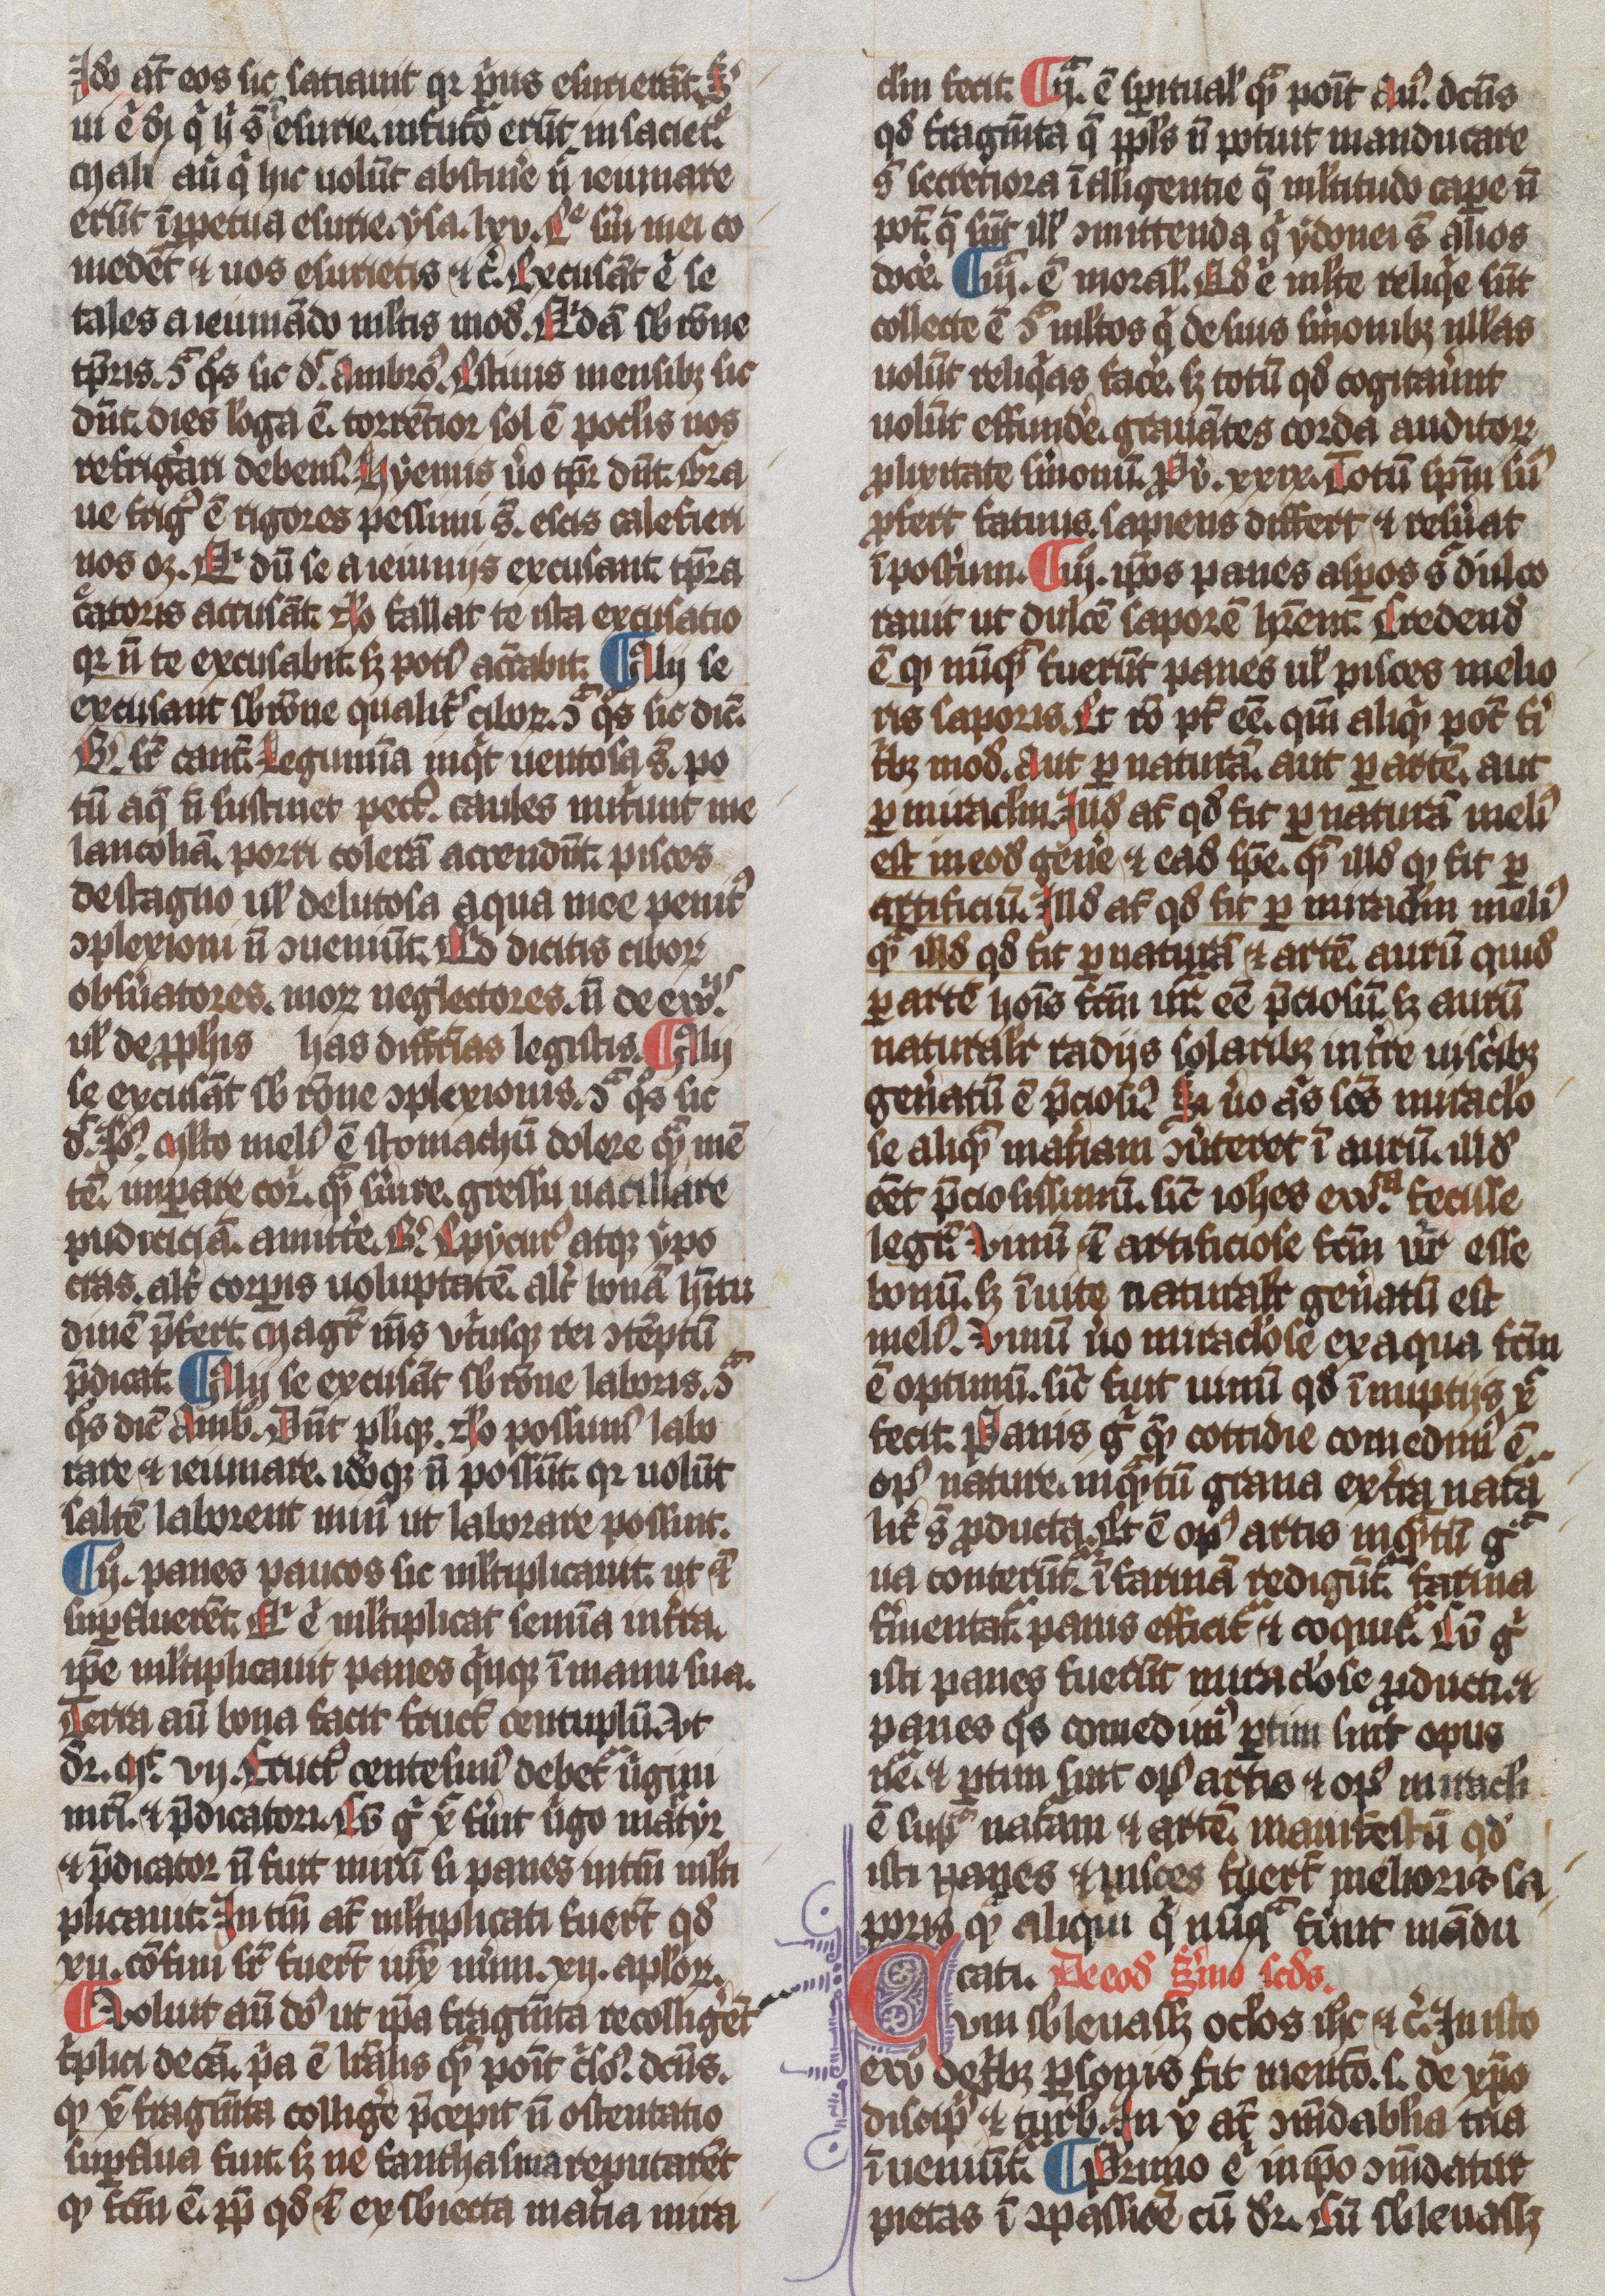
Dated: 1300–1349